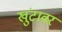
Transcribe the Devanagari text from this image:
खुंटावर